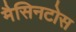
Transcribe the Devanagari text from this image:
मैसिनटोस